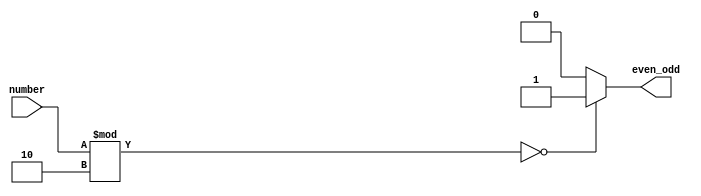
// This program was cloned from: https://github.com/Suni123456789/100DaysRTL
// License: Apache License 2.0

`timescale 1ns / 1ps

module even_or_odd(
    input [3:0] number,
    output reg even_odd);

parameter EVEN= 1'b1, ODD= 1'b0;

always@(number)
    begin
        even_odd= check_even_odd(number);

            if(even_odd== 1'b1) $display("\t\t %d is an even number", number);
            else $display("\t\t %d is an odd number", number);
    end


function check_even_odd;
    input [3:0]num;
        begin
            if(num%2== 0) check_even_odd= EVEN;
            else check_even_odd= ODD;
        end
endfunction

endmodule